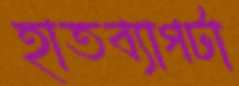
হাতব্যাগটা